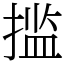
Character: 㨫